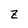
Character: Z